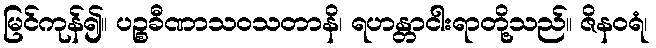
မြင်ကုန်၍။ ပဉ္စခီဏာသဝသတာနိ၊ ရဟန္တာငါးရာတို့သည်။ ဇိနဝရံ၊